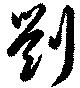
劉